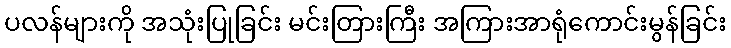
ပလန်များကို အသုံးပြုခြင်း မင်းတြားကြီး အကြားအာရုံကောင်းမွန်ခြင်း